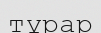
тұрар